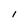
Character: 1